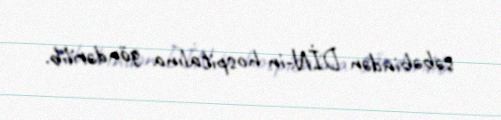
səbəbindən DİN-in hospitalına göndərilib.